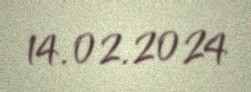
14.02.2024